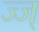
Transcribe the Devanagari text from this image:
ज्ज्